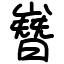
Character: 嶜